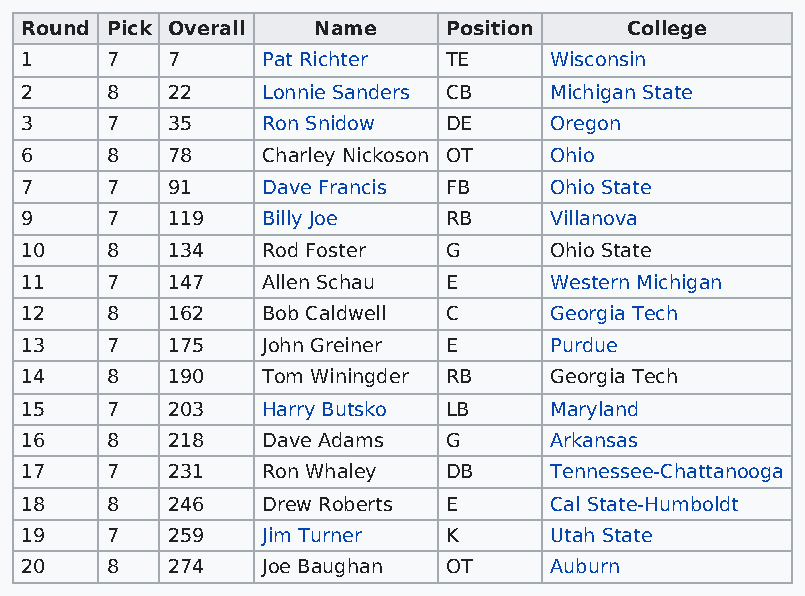
Round Pick Overall  Name    Position    College
 1     7   7     Pat Richter TE     Wisconsin
 2     8   22    Lonnie Sanders CB  Michigan State
 3     7   35    Ron Snidow  DE     Oregon
 6     8   78    Charley Nickoson OT Ohio
 7     7   91    Dave Francis FB    Ohio State
 9     7   119   Billy Joe   RB     Villanova
 10    8   134   Rod Foster  G      Ohio State
 11    7   147   Allen Schau E      Western Michigan
 12    8   162   Bob Caldwell C     Georgia Tech
 13    7   175   John Greiner E     Purdue
 14    8   190   Tom Winingder RB   Georgia Tech
 15    7   203   Harry Butsko LB    Maryland
 16    8   218   Dave Adams  G      Arkansas
 17    7   231   Ron Whaley  DB     Tennessee-Chattanooga
 18    8   246   Drew Roberts E     Cal State-Humboldt
 19    7   259   Jim Turner  K      Utah State
 20    8   274   Joe Baughan OT     Auburn